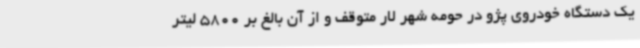
یک دستگاه خودروی پژو در حومه شهر لار متوقف و از آن بالغ بر 5800 لیتر